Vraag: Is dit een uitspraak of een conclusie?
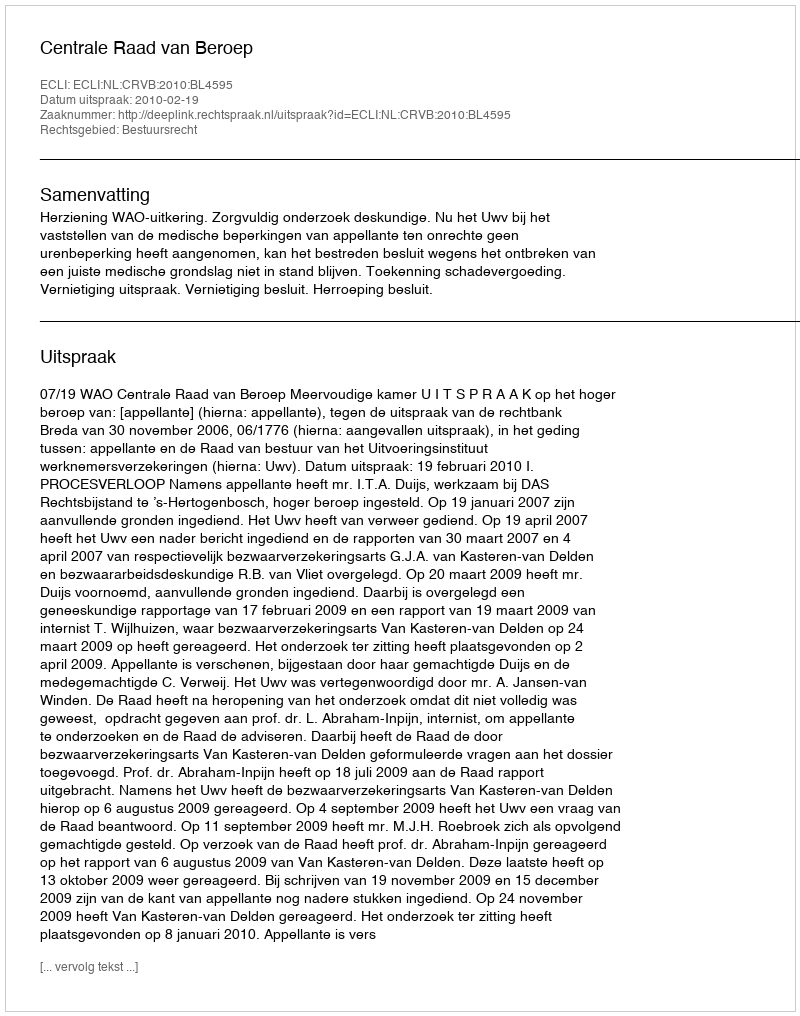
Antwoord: Uitspraak